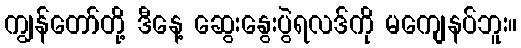
ကျွန်တော်တို့ ဒီနေ့ ဆွေးနွေးပွဲရလဒ်ကို မကျေနပ်ဘူး။